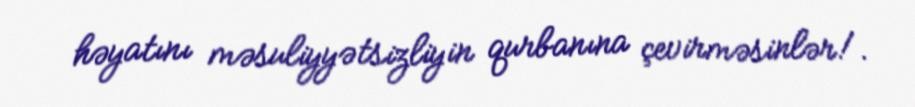
həyatını məsuliyyətsizliyin qurbanına çevirməsinlər!.